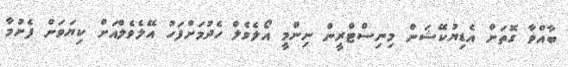
ބާއްވާ ގޮތަށް އެޑިޔުކޭޝަން މިނިސްޓްރީން ނިންމީ އޯލެވެލް ހެދުމަށްފަހު އޭލެވެލްއަށް ކިޔަވަން ފެށުމާ